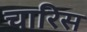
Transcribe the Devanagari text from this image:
चारिस